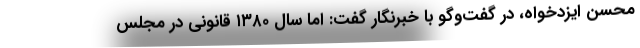
محسن ایزدخواه، در گفت‌وگو با خبرنگار گفت: اما سال ۱۳۸۰ قانونی در مجلس